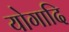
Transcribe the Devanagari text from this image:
योगादि